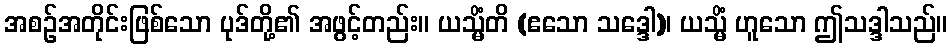
အစဉ်အတိုင်းဖြစ်သော ပုဒ်တို့၏ အဖွင့်တည်း။ ယသ္မိံတိ (ဧသော သဒ္ဒေါ)၊ ယသ္မိံ ဟူသော ဤသဒ္ဒါသည်။